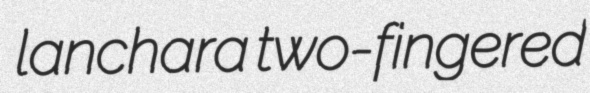
lanchara two-fingered